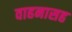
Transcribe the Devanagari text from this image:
वाहनासह